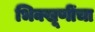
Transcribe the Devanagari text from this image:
भिक्खूणींचा